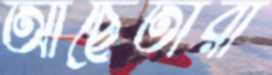
আছেতারা